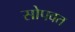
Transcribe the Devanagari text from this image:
सोपवत